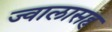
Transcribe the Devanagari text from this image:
ज्वालासह